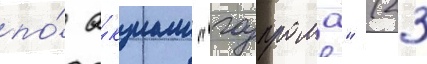
по́ а́кциам "газпрома" (23